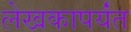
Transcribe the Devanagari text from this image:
लेखकापर्यंत